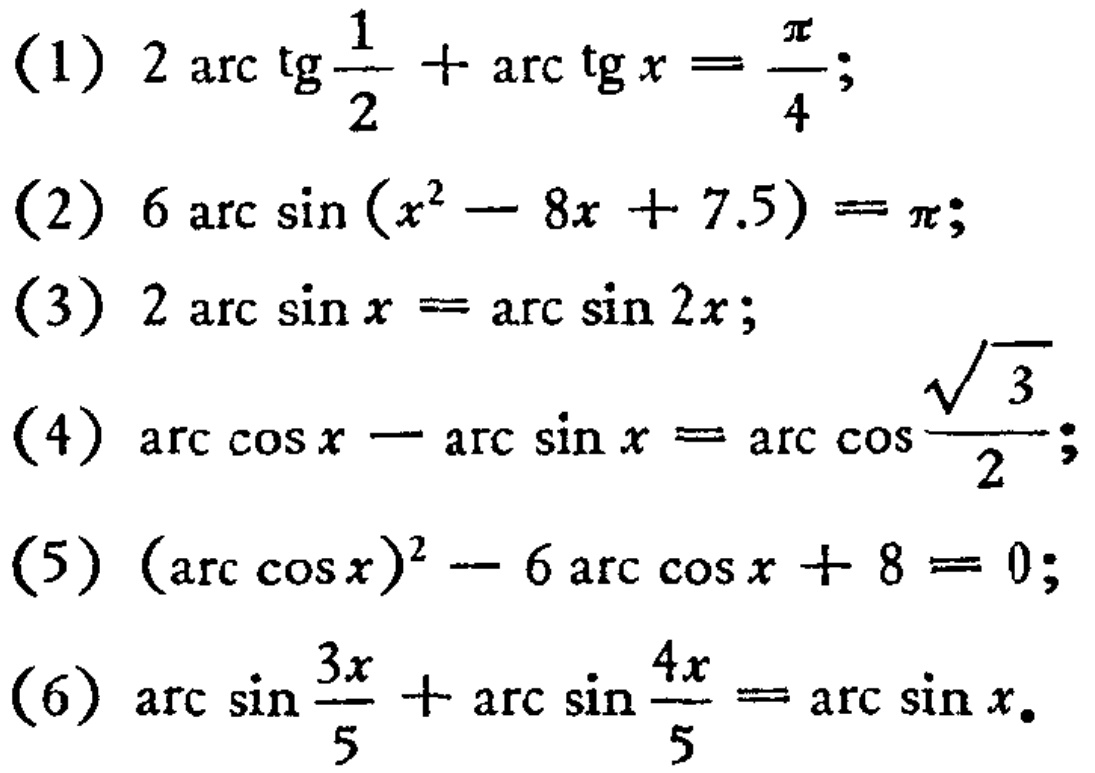
(1) \(2\arctan\frac{1}{2}+\arctan x = \frac{\pi}{4}\);
(2) \(6\arcsin(x^{2}-8x + 7.5)=\pi\);
(3) \(2\arcsin x=\arcsin 2x\);
(4) \(\arccos x-\arcsin x=\arccos\frac{\sqrt{3}}{2}\);
(5) \((\arccos x)^{2}-6\arccos x + 8 = 0\);
(6) \(\arcsin\frac{3x}{5}+\arcsin\frac{4x}{5}=\arcsin x\).